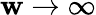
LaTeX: \mathbf{w}\rightarrow\infty